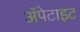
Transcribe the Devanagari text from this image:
अॅपेटाइट